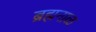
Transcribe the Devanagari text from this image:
ब्रह्मनाळ